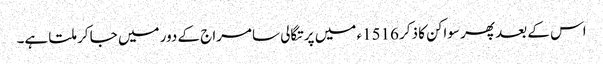
اس کے بعد پھر سواکن کا ذکر 1516ء میں پرتگالی سامراج کے دور میں جا کر ملتا ہے۔